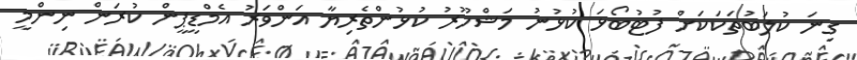
ގިނަ ކުލަބުތަކަކަށް ފުޓުބޯޅަ ކުޅުނު މަޝްހޫރު ކުޅުންތެރިޔާ އަންވަރު އެމްޑީޕީން ކުރަން ނިންމީ